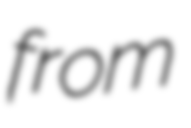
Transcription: from